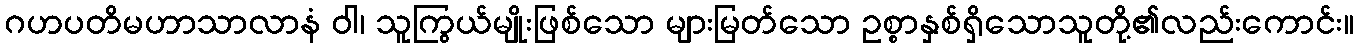
ဂဟပတိမဟာသာလာနံ ဝါ၊ သူကြွယ်မျိုးဖြစ်သော များမြတ်သော ဥစ္စာနှစ်ရှိသောသူတို့၏လည်းကောင်း။